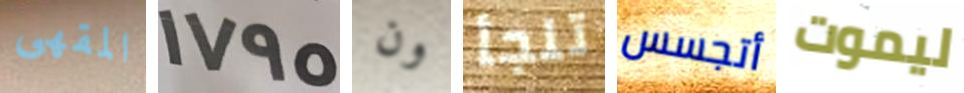
المقهى 1795 ون تلجأ أتجسس ليموت